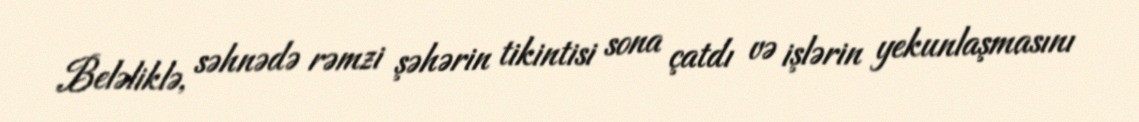
Beləliklə, səhnədə rəmzi şəhərin tikintisi sona çatdı və işlərin yekunlaşmasını